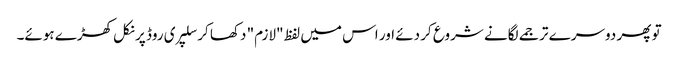
تو پھر دوسرے ترجمے لگانے شروع کر دئے اور اس میں لفظ "لازم" دکھا کر سلپری روڈ پر نکل کھڑے ہوئے۔